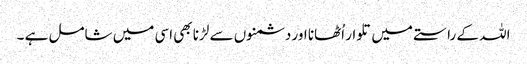
اللہ کے راستے میں تلوار اُٹھانا اور دشمنوں سے لڑنا بھی اسی میں شامل ہے ۔